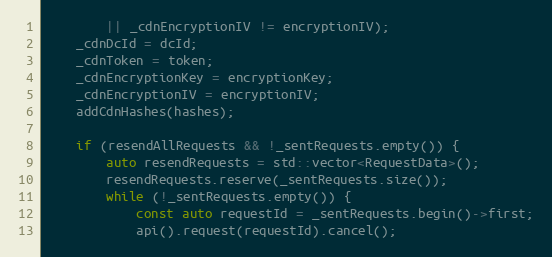
Language: C++
		|| _cdnEncryptionIV != encryptionIV);
	_cdnDcId = dcId;
	_cdnToken = token;
	_cdnEncryptionKey = encryptionKey;
	_cdnEncryptionIV = encryptionIV;
	addCdnHashes(hashes);

	if (resendAllRequests && !_sentRequests.empty()) {
		auto resendRequests = std::vector<RequestData>();
		resendRequests.reserve(_sentRequests.size());
		while (!_sentRequests.empty()) {
			const auto requestId = _sentRequests.begin()->first;
			api().request(requestId).cancel();